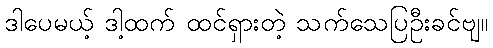
ဒါပေမယ့် ဒါ့ထက် ထင်ရှားတဲ့ သက်သေပြဦးခင်ဗျ။